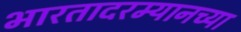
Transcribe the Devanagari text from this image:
भारतादरम्यानच्या